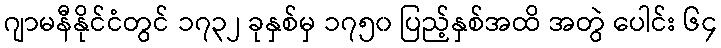
ဂျာမနီနိုင်ငံတွင် ၁၇၃၂ ခုနှစ်မှ ၁၇၅၀ ပြည့်နှစ်အထိ အတွဲ ပေါင်း ၆၄